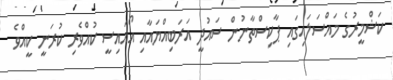
ކަޝްމީރުގެ މައްސަލައިގައި ޕާކިސްތާނުން ސައުދީ އަރަބިއްޔައާއި އޯއައިސީ ކުއްވެރި ކުރަނީ ކީއްވެ